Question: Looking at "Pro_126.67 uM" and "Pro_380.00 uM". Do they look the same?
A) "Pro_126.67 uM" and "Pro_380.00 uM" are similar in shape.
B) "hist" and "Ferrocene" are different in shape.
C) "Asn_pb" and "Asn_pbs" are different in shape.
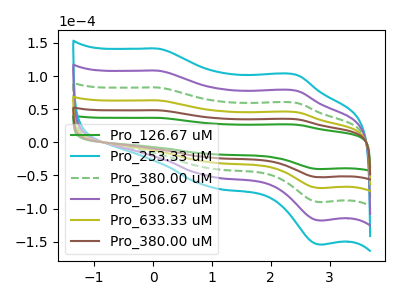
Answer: <think>The green curve "Pro_126.67 uM" has anodic peaks at (0.10V, 36.95uA) (2.45V, 26.65uA) and cathodic peaks at (0.95V, -17.45uA) (2.85V, -40.35uA). The cyan curve "Pro_253.33 uM" has anodic peaks at (0.10V, 241.65uA) (2.45V, 174.25uA) and cathodic peaks at (0.95V, -114.15uA) (2.85V, -263.75uA). The green dashed curve "Pro_380.00 uM" has anodic peaks at (0.10V, 145.00uA) (2.45V, 104.55uA) and cathodic peaks at (0.95V, -68.50uA) (2.85V, -158.25uA). The purple curve "Pro_506.67 uM" has anodic peaks at (0.10V, 193.35uA) (2.45V, 139.40uA) and cathodic peaks at (0.95V, -91.30uA) (2.85V, -211.00uA). The olive curve "Pro_633.33 uM" has anodic peaks at (0.10V, 96.65uA) (2.45V, 69.70uA) and cathodic peaks at (0.95V, -45.65uA) (2.85V, -105.50uA). The brown curve "Pro_380.00 uM" has anodic peaks at (0.10V, 48.35uA) (2.45V, 34.85uA) and cathodic peaks at (0.95V, -22.85uA) (2.85V, -52.75uA).
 All the peaks in "Pro_126.67 uM" have a peak in "Pro_380.00 uM" at the same potential. Every peak in "Pro_126.67 uM" is lower than every peak in "Pro_380.00 uM".</think>
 <answer>A) "Pro_126.67 uM" and "Pro_380.00 uM" are similar in shape.</answer>
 <eval>A</eval>